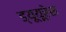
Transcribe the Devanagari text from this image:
ड्यूयूरेस